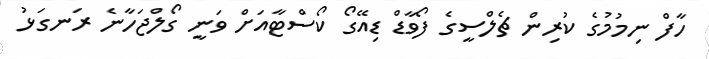
ހާފް ނިމުމުގެ ކުރިން ޗެލްސީގެ ފޯވާޑް ޑިއޭގޯ ކޯސްޓާއަށް ވަނީ ގޯލްޖަހާނެ ރަނގަޅު